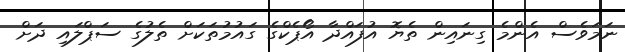
ނަމަވެސް އެންމެ ގިނައިން ތެޔޮ އުފައްދާ އޯޕެކްގެ ގައުމުތަކަށް ތެލުގެ ސަޕްލައި ދަށް